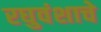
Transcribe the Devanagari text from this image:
रघुवंशाचे